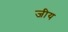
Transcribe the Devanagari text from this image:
जीय